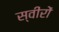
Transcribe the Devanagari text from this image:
स्वीरों